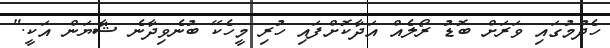
ހެދުމުގައި ވަރަށް ބޮޑު ރޯލެއް އަދާކޮށްފައި ހުރި މީހެކޭ ބުނެވިދާނެ ޝާޔަން އަކީ."